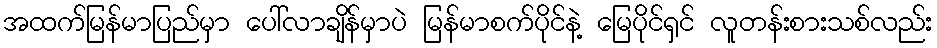
အထက်မြန်မာပြည်မှာ ပေါ်လာချိန်မှာပဲ မြန်မာစက်ပိုင်နဲ့ မြေပိုင်ရှင် လူတန်းစားသစ်လည်း